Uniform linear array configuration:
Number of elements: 32
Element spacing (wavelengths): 0.75
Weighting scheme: kaiser
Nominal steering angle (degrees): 0
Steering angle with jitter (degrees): -0.1099
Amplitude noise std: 0.05
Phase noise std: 0.05

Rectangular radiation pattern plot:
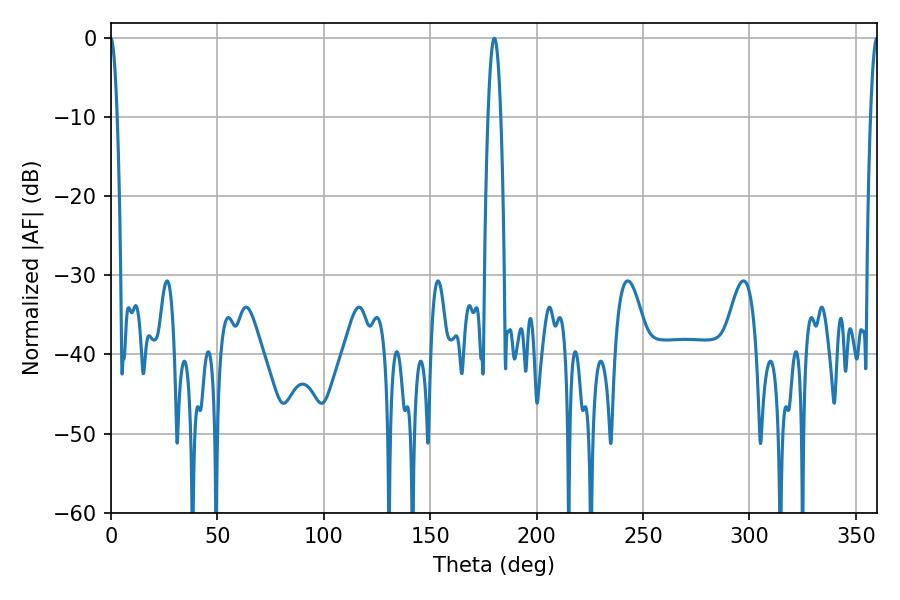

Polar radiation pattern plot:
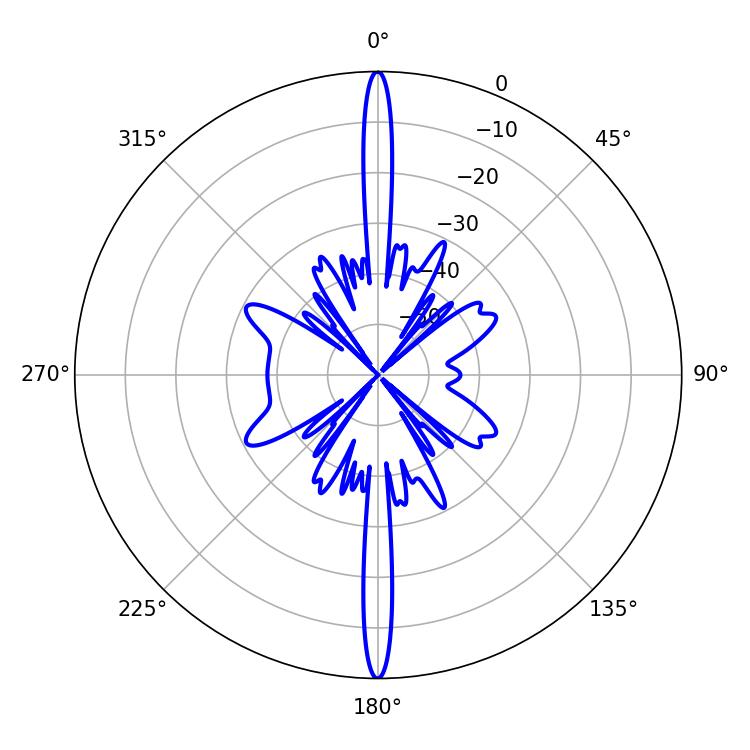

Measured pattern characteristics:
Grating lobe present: TRUE
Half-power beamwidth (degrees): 3.24
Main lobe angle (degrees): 180.18